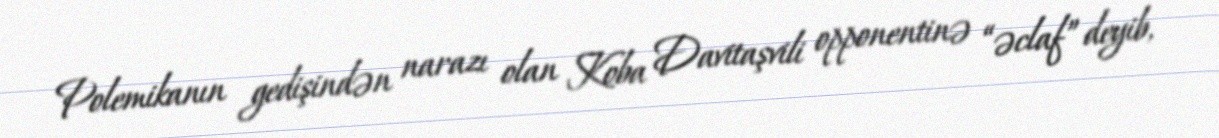
Polemikanın gedişindən narazı olan Koba Davitaşvili opponentinə “əclaf” deyib,